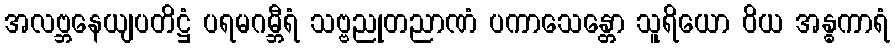
အလဗ္ဘနေယျပတိဋ္ဌံ ပရမဂမ္ဘီရံ သဗ္ဗညုတညာဏံ ပကာသေန္တော သူရိယော ဝိယ အန္ဓကာရံ